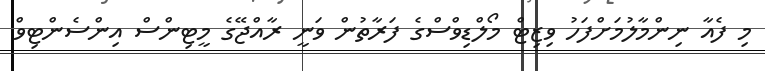
މި ފެއާ ނިންމާލުމަށްފަހު ވިޒިޓް މޯލްޑިވްސްގެ ފަރާތުން ވަނީ ރާއްޖޭގެ މީޓިންސް އިންސެންޓިވް